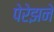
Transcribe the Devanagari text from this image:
पेरेझने